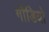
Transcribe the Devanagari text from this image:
गौडियो